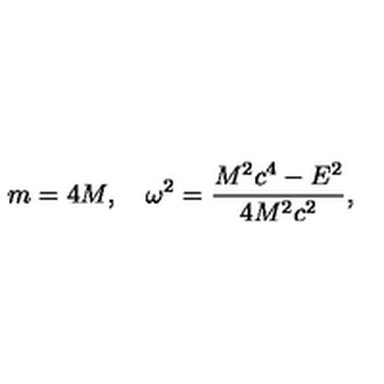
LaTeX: m = 4 M , \quad \omega ^ { 2 } = \frac { M ^ { 2 } c ^ { 4 } - E ^ { 2 } } { 4 M ^ { 2 } c ^ { 2 } } ,